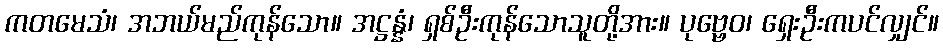
ကတမေသံ၊ အဘယ်မည်ကုန်သော။ အဋ္ဌန္နံ၊ ရှစ်ဦးကုန်သောသူတို့အား။ ပုဗ္ဗေဝ၊ ရှေးဦးကပင်လျှင်။